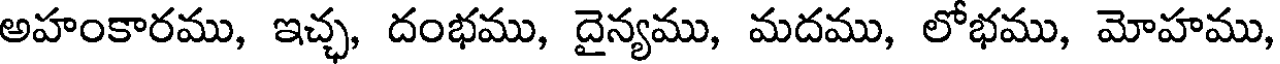
అహంకారము, ఇచ్చ, దంభము, దైన్యము, మదము, లోభము, మోహము,